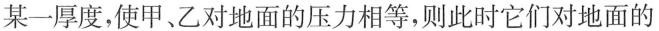
某一厚度，使甲、乙对地面的压力相等，则此时它们对地面的